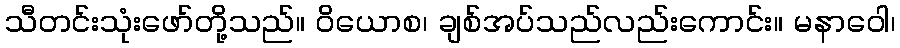
သီတင်းသုံးဖော်တို့သည်။ ဝိယောစ၊ ချစ်အပ်သည်လည်းကောင်း။ မနာဝေါ၊